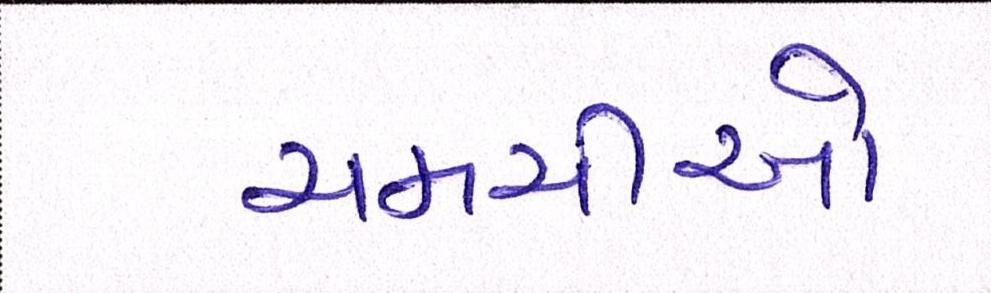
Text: ચમચીઓ